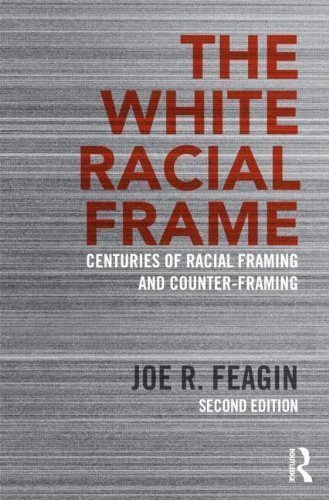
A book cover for The White Racial Frame: Centuries of Racial Framing and Counter-Framing 2nd (second) Edition by Feagin, Joe R. published by Routledge (2013); Crafts, Hobbies & Home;